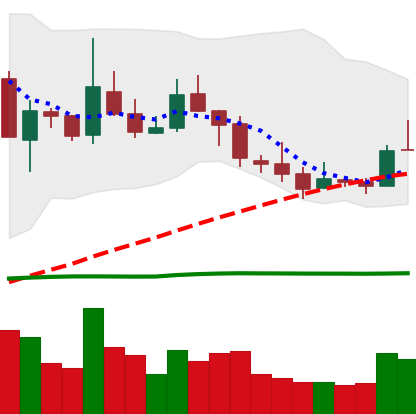
Ticker: TRX-USD
Chart end date: 2019-02-19
Forward return: -4.737%
Label: down_3_5